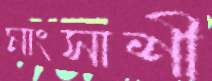
মাংসাশী